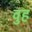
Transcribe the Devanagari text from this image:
वुह